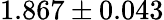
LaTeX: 1.867\pm 0.043